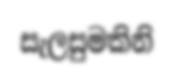
සැලසුමකිනි